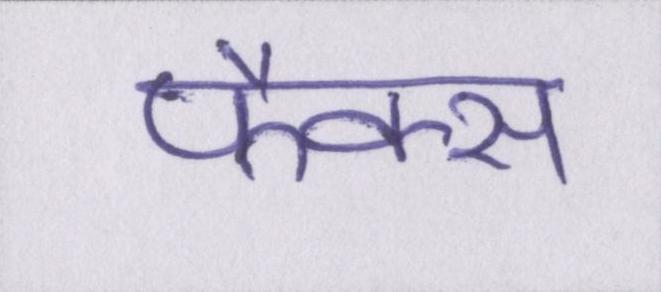
फैक्स